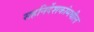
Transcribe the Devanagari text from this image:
सहनिर्देशकांमधील